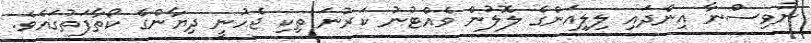
ނުވިސްނާ އިންދައި ލިލިއަންގެ ލޮލުން ވެއްޓުނު ކަރުނަ ތިކި ޖެހުނީ ދިޔާންގެ ކޯތާފަތުގައެވެ.